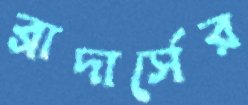
ব্রাদার্সের